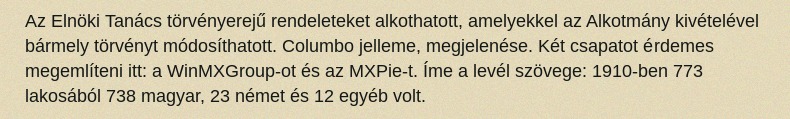
Az Elnöki Tanács törvényerejű rendeleteket alkothatott, amelyekkel az Alkotmány kivételével bármely törvényt módosíthatott. Columbo jelleme, megjelenése. Két csapatot érdemes megemlíteni itt: a WinMXGroup-ot és az MXPie-t. Íme a levél szövege: 1910-ben 773 lakosából 738 magyar, 23 német és 12 egyéb volt.